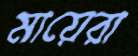
মায়েরা